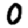
Digit: 0